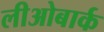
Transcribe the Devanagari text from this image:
लीओबार्क